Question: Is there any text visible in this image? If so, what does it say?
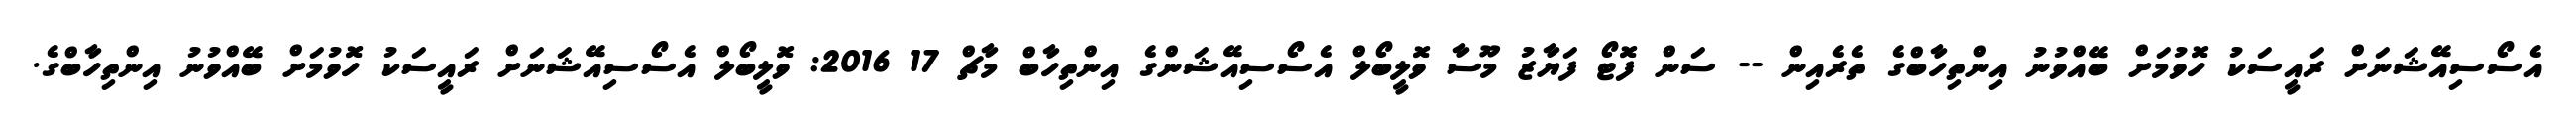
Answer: އެސޯސިއޭޝަނަށް ރައީސަކު ހޮވުމަށް ބޭއްވުނު އިންތިހާބްގެ ތެރެއިން -- ސަން ފޮޓޯ ފަޔާޒު މޫސާ ވޮލީބޯލް އެސޯސިއޭޝަންގެ އިންތިހާބް މާޗް 17 2016: ވޮލީބޯލް އެސޯސިއޭޝަނަށް ރައީސަކު ހޮވުމަށް ބޭއްވުނު އިންތިހާބްގެ.